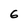
Character: 6